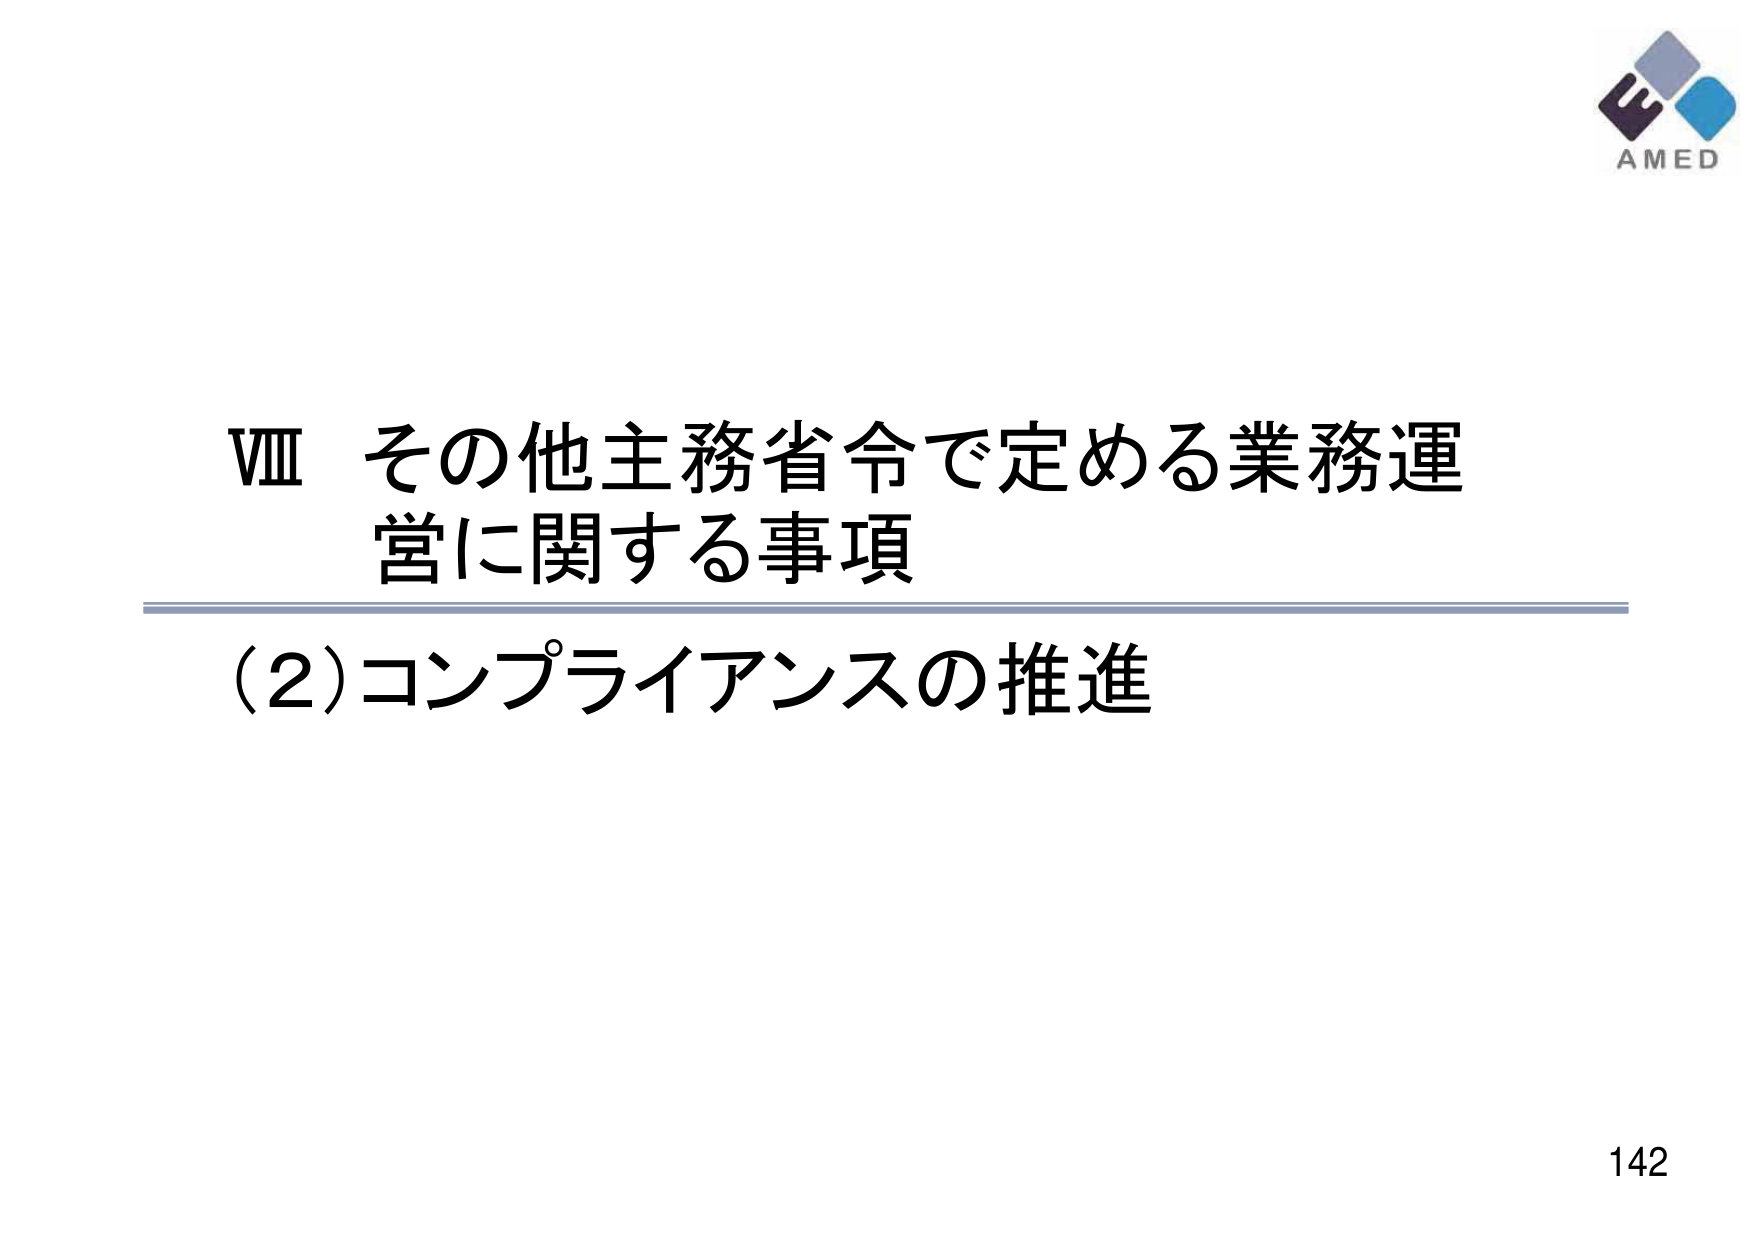
VIII その他主務省令で定める業務運営に関する事項
(2)コンプライアンスの推進
AMED
142